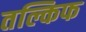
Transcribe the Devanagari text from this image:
तल्किफ